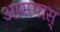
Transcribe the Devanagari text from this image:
आसपास्